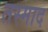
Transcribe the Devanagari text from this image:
तस्माद